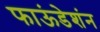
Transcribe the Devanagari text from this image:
फाऊंडेशंन